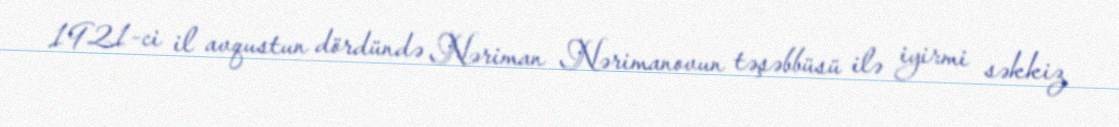
1921-ci il avqustun dördündə Nəriman Nərimanovun təşəbbüsü ilə iyirmi səkkiz